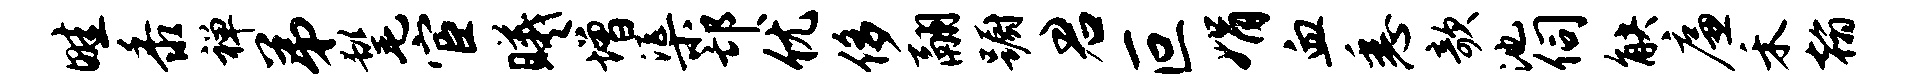
畦黍禅弟髦宦曦增渠邙优侈翮蹰君叵娟血悉欹池伺觖廉禾翰